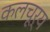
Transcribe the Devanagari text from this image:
कलचूर्य